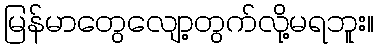
မြန်မာတွေလျော့တွက်လို့မရဘူး။